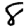
Digit: 8